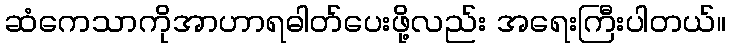
ဆံကေသာကိုအာဟာရဓါတ်ပေးဖို့လည်း အရေးကြီးပါတယ်။